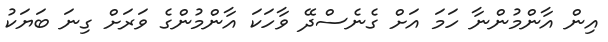
އިން އާންމުންނާ ހަމަ އަށް ގެނެސްދޭ ވާހަކަ އާންމުންގެ ވަރަށް ގިނަ ބަޔަކު